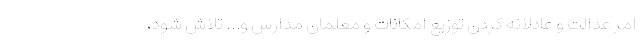
امر عدالت و عادلانه کردن توزیع امکانات و معلمان مدارس و… تلاش شود،